Annual administration report of the Civil Veterinary Department of India - 1894-1895
Year: 1894
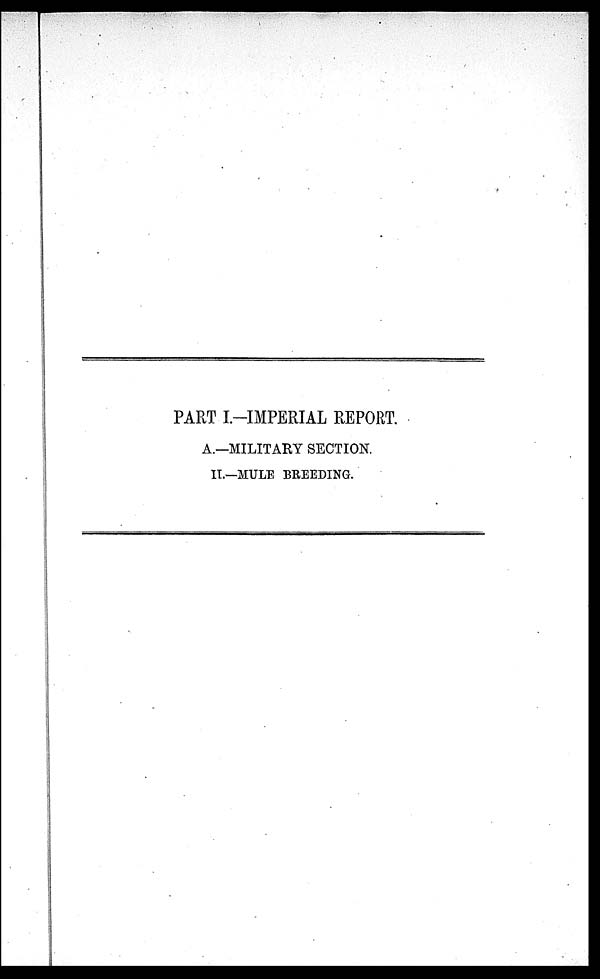
PART I-IMPERIAL REPORT.
A.—MILITARY SECTION.
II.—MULE BREEDING.